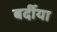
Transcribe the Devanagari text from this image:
बर्दीया